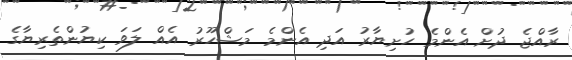
ރާއްޖެ ދުށް އެންމެ ހުށިޔާރު އަދި އެންމެ މަޝްހޫރު އެއް ލަވަ ކިޔުންތެރިޔާގެ